Lunatic asylums Bombay report 1891-1903 - 1891-1903
Year: 1891
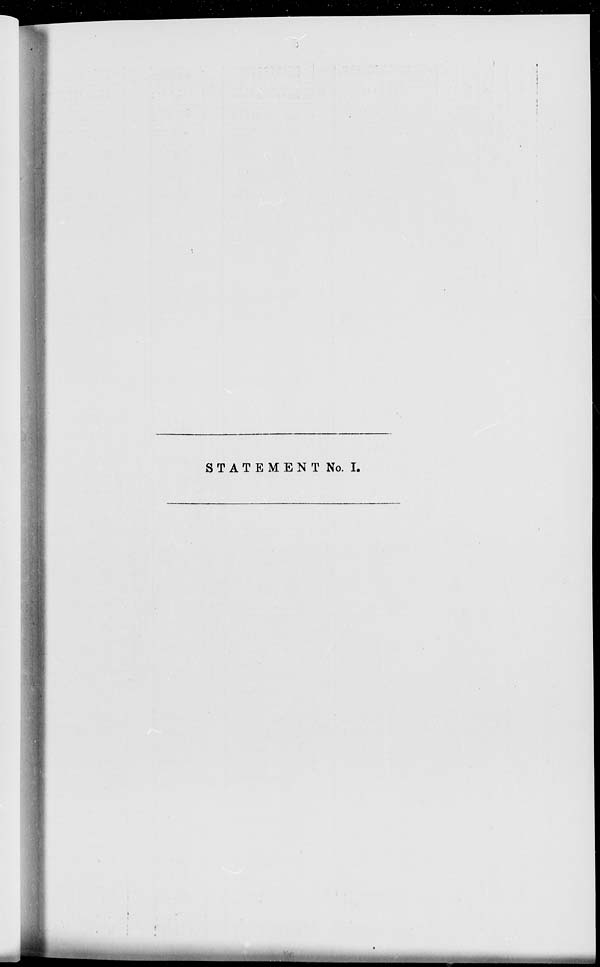
STATEMENT No. I.